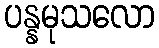
ပန္နမုသလော